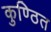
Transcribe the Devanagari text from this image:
कुण्ठित